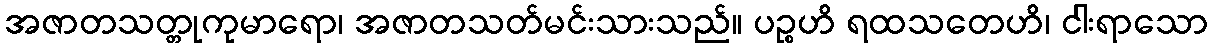
အဇာတသတ္တုကုမာရော၊ အဇာတသတ်မင်းသားသည်။ ပဉ္စဟိ ရထသတေဟိ၊ ငါးရာသော